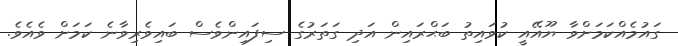
ގައުމެއްކަމަށްވާ ޔޫއޭއީ ކުވައިތު ބަޙްރައިން އަދި ގަތަރުގެ ސިފައިންވެސް ބައިވެރިވާނެ ކަމަށް ވެއެވެ.